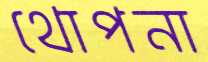
থোপনা